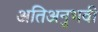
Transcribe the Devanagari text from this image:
अतिअनुभवी